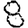
Digit: 8